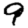
Digit: 9